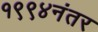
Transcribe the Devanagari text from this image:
१९९४नंतर